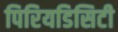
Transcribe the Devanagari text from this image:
पिरियडिसिटी